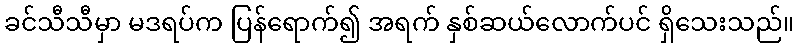
ခင်သီသီမှာ မဒရပ်က ပြန်ရောက်၍ အရက် နှစ်ဆယ်လောက်ပင် ရှိသေးသည်။